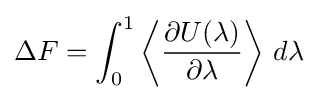
\Delta F=\int _{0}^{1}\left\langle {\frac {\partial U(\lambda )}{\partial \lambda }}\right\rangle \,d\lambda